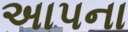
અાપના